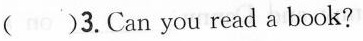
()3.Can you read a book?